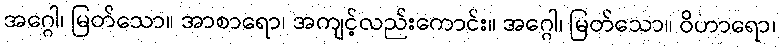
အဂ္ဂေါ၊ မြတ်သော။ အာစာရော၊ အကျင့်လည်းကောင်း။ အဂ္ဂေါ၊ မြတ်သော။ ဝိဟာရော၊